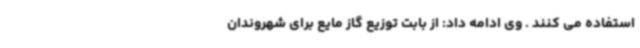
استفاده می کنند . وی ادامه داد: از بابت توزیع گاز مایع برای شهروندان